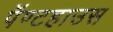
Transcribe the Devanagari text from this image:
पॅण्टहाउस